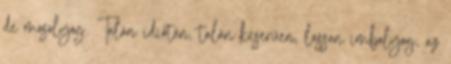
de mosolyog. Talán idiótán, talán keserűen, lassan imbolyog, az